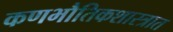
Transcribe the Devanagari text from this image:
कणभौतिकशास्त्रात